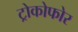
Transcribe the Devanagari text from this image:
ट्रोकोफोर